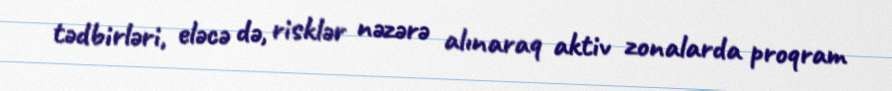
tədbirləri, eləcə də, risklər nəzərə alınaraq aktiv zonalarda proqram